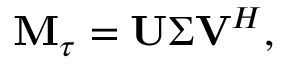
\mathbf { M } _ { \tau } = \mathbf { U } \boldsymbol { \Sigma } \mathbf { V } ^ { H } ,